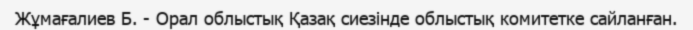
Жұмағалиев Б. - Орал облыстық Қазақ сиезінде облыстық комитетке сайланған.